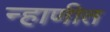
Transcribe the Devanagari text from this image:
न्हाणीत